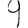
Digit: 9